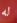
له